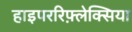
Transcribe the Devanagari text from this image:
हाइपररिफ़्लेक्सिया